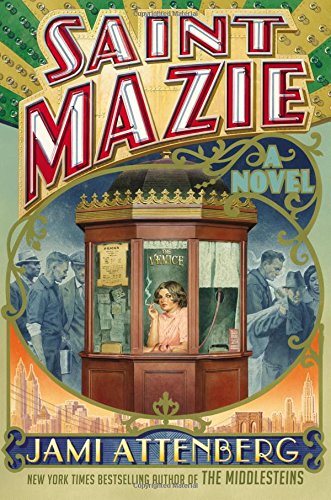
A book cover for Saint Mazie: A Novel; Jami Attenberg; Literature & Fiction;